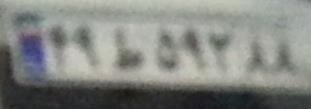
۴۹ط۵۹۲۸۸